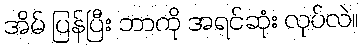
အိမ် ပြန်ပြီး ဘာကို အရင်ဆုံး လုပ်လဲ။